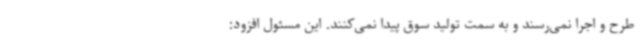
طرح و اجرا نمی‌رسند و به سمت تولید سوق پیدا نمی‌کنند. این مسئول افزود: